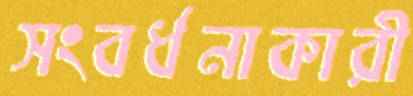
সংবর্ধনাকারী